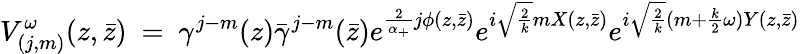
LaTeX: V_{(j,m)}^{\omega}(z,\bar{z})~=~\gamma^{j-m}(z)\bar{\gamma}^{j-m}(\bar{z})e^{\frac 2{\alpha_{+}}j\phi(z,\bar{z})}e^{i\sqrt{\frac{2}{k}}mX(z,\bar{z})}e^{i\sqrt{\frac{2}{k}}(m+{\frac{k}{2}}\omega)Y(z,\bar{z})}